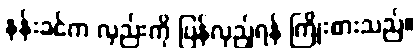
နန်းခင်က လှည်းကို ပြန်လှည့်ရန် ကြိုးစားသည်။